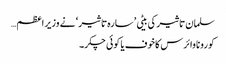
سلمان تاثیر کی بیٹی ’ سارہ تاثیر ‘ نے وزیر اعظم…
کورونا وائرس کاخوف یا کوئی چکر۔